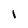
Character: I